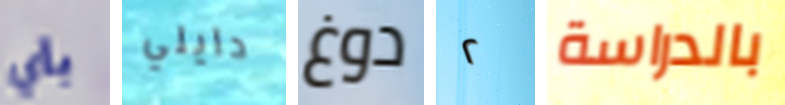
بأي دايلي دوغ ٢ بالدراسة